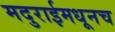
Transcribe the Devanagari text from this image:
मदुराईमधूनच